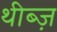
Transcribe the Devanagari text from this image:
थीब्ज़